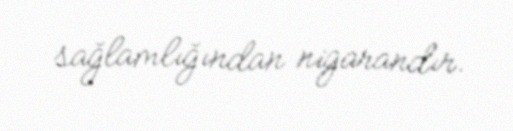
sağlamlığından nigarandır.